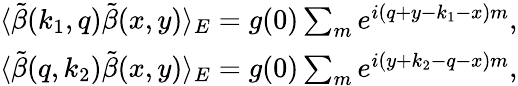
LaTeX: \begin{array}{r}{\langle\tilde{\beta}(k_{1},q)\tilde{\beta}(x,y)\rangle_{E}=g(0)\sum_{m}e^{i(q+y-k_{1}-x)m},}\\ {\langle\tilde{\beta}(q,k_{2})\tilde{\beta}(x,y)\rangle_{E}=g(0)\sum_{m}e^{i(y+k_{2}-q-x)m},}\end{array}